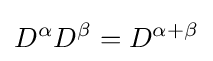
D^{\alpha }D^{\beta }=D^{\alpha +\beta }